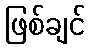
ဖြစ်ချင်